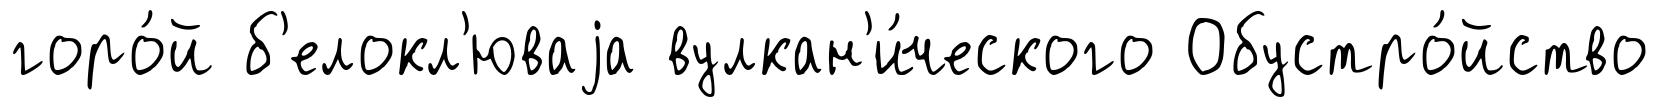
горо́й б'елокл'юваjа вулкан'и́ческого Обустро́йство